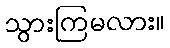
သွားကြမလား။